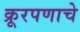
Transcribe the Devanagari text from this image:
क्रूरपणाचे